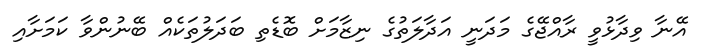
އޭނާ ވިދާޅުވީ ރާއްޖޭގެ މަދަނީ އަދާލަތުގެ ނިޒާމަށް ބޮޑެތި ބަދަލުތަކެއް ބޭނުންވާ ކަމަށާއި